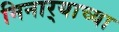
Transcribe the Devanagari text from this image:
मिनार्‍याच्या